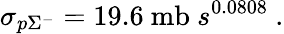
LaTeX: \sigma_{p\Sigma^{-}}=19.6~\mathrm{{mb}}~s^{0.0808}~.